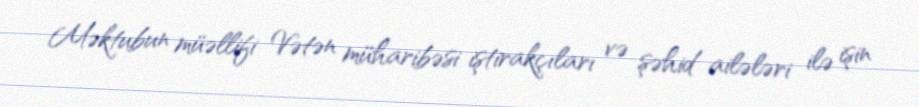
Məktubun müəllifi Vətən müharibəsi iştirakçıları və şəhid ailələri ilə işin